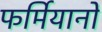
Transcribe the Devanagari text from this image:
फर्मियानों